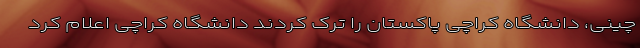
چینی‌، دانشگاه کراچی پاکستان را ترک کردند دانشگاه کراچی اعلام کرد